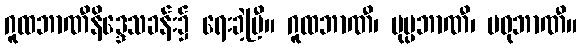
ဂူထဘာဏီနိဒ္ဒေသခန်း၌ ရေးခဲ့ပြီ။ ဂူထဘာဏီ၊ ပုပ္ပဘာဏီ၊ မဓုဘာဏီ။